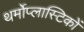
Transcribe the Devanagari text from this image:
थर्मोप्लास्टिकों